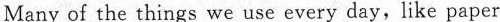
Many of the things we use every day,like paper